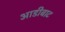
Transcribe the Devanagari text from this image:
आडीबाट